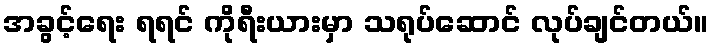
အခွင့်ရေး ရရင် ကိုရီးယားမှာ သရုပ်ဆောင် လုပ်ချင်တယ်။